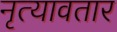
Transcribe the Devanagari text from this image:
नृत्यावतार